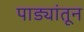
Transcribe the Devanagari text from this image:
पाड्यांतून